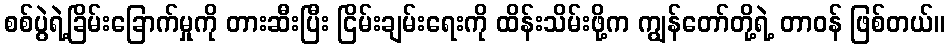
စစ်ပွဲရဲ့ခြိမ်းခြောက်မှုကို တားဆီးပြီး ငြိမ်းချမ်းရေးကို ထိန်းသိမ်းဖို့က ကျွန်တော်တို့ရဲ့ တာဝန် ဖြစ်တယ်။